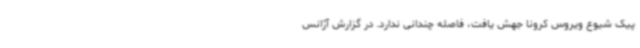
پیک شیوع ویروس کرونا جهش یافت، فاصله چندانی ندارد. در گزارش آژانس